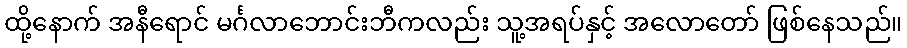
ထို့နောက် အနီရောင် မင်္ဂလာဘောင်းဘီကလည်း သူ့အရပ်နှင့် အလောတော် ဖြစ်နေသည်။